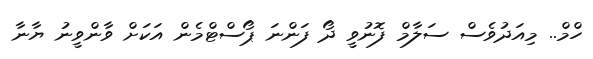
ހްމް.. މިއަދުވެސް ސަލާމް ފޮނުވީ ދޯ ފަންނަ ޕޯސްޓްމެން އަކަށް ވާންވީނު ޔާނާ